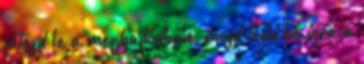
játszd le a meghajtódban, majd tedd be újra a